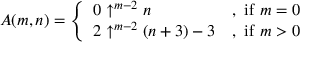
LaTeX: A ( m , n ) = { \left\{ \begin{array} { l l } { 0 \uparrow ^ { m - 2 } n } & { { \mathrm { , ~ i f ~ } } m = 0 } \\ { 2 \uparrow ^ { m - 2 } ( n + 3 ) - 3 } & { { \mathrm { , ~ i f ~ } } m > 0 } \end{array} \right. }